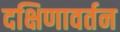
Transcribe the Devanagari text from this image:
दक्षिणावर्तन